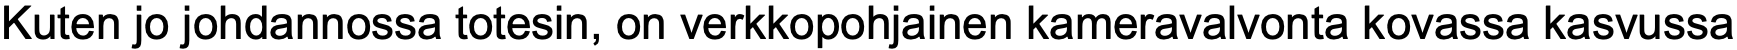
Kuten jo johdannossa totesin, on verkkopohjainen kameravalvonta kovassa kasvussa